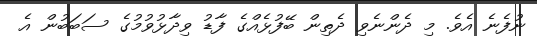
ނުފެނެ އެވެ. މި ދެންނެވި ދެތިން ބޭފުޅެއްގެ ފާޑު ވިދާޅުވުމުގެ ސަބަބުން އެ